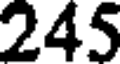
245